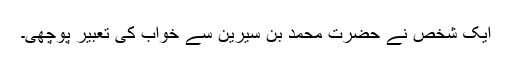
ایک شخص نے حضرت محمد بن سیرینؒ سے خواب کی تعبیر پوچھی۔